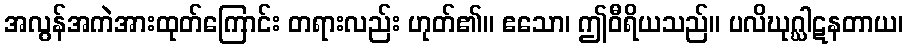
အလွန်အကဲအားထုတ်ကြောင်း တရားလည်း ဟုတ်၏။ ဧသော၊ ဤဝီရိယသည်။ ပလိဃုဂ္ဃါဋနတာယ၊